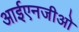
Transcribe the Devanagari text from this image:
आईएनजीओ